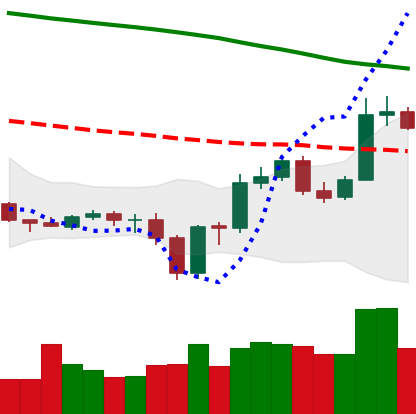
Ticker: ETC-USD
Chart end date: 2019-12-28
Forward return: -3.72%
Label: down_3_5